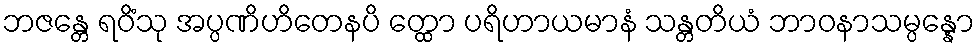
ဘဇန္တေ ရဝိံသု အပ္ပဏိဟိတေနပိ တ္ထော ပရိဟာယမာနံ သန္တတိယံ ဘာဝနာသမ္ပန္နော